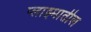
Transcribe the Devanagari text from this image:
प्लाझ्मातील